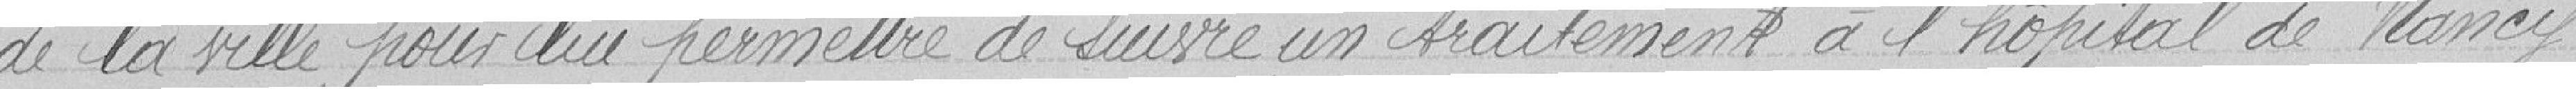
de la ville pour lui permettre de suivre un traitement à l'hôpital de Nancy.